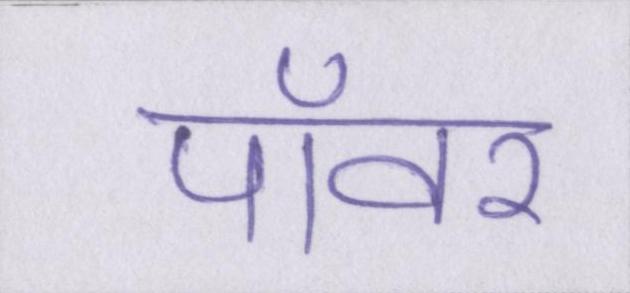
पॉवर